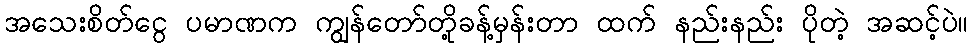
အသေးစိတ်ငွေ ပမာဏက ကျွန်တော်တို့ခန့်မှန်းတာ ထက် နည်းနည်း ပိုတဲ့ အဆင့်ပဲ။